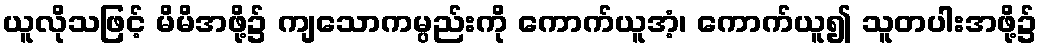
ယူလိုသဖြင့် မိမိအဖို့၌ ကျသောကမ္ပည်းကို ကောက်ယူအံ့၊ ကောက်ယူ၍ သူတပါးအဖို့၌